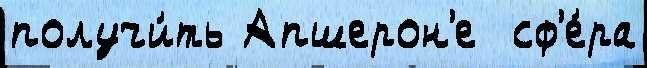
получи́ть Апшерон'е  сф'е́ра